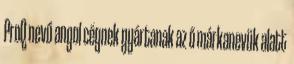
ProQ nevű angol cégnek gyártanak az ő márkanevük alatt